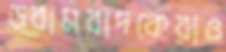
ড্রামবাদকেরাও